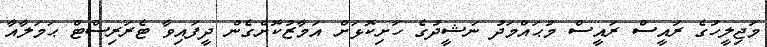
މަޖިލީހުގެ ރައީސް ރައީސް މުޙައްމަދު ނަޝީދުގެ ހަށިކޮޅަށް އަމާޒުކޮށްގެން ދީފައިވާ ޓެރަރިސްޓް ޙަމަލާއާ